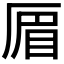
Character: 𠪃